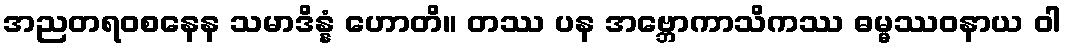
အညတရဝစနေန သမာဒိန္နံ ဟောတိ။ တဿ ပန အဗ္ဘောကာသိကဿ ဓမ္မဿဝနာယ ဝါ